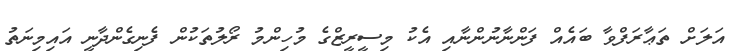
އަލަށް ތަޢާރަފްވާ ބައެއް ފަންނާނުންނާއި އެކު މިސީރީޒްގެ މުހިންމު ރޯލުތަކުން ފެނިގެންދާނީ އައިމިނަތު